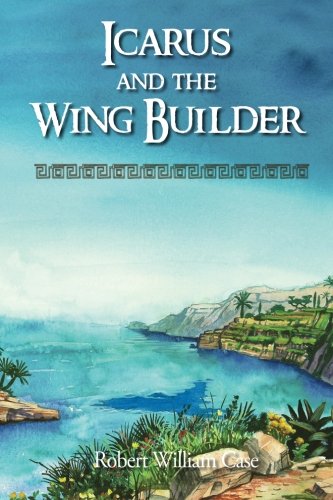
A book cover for Icarus and the Wing Builder; Robert William Case; Romance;